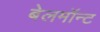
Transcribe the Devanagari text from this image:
बेलमॉन्ट